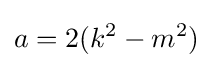
a=2(k^{2}-m^{2})